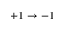
+ 1 \rightarrow - 1